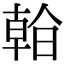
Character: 𣉙